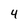
Character: 4